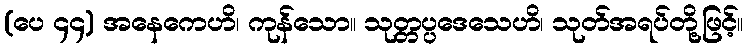
(ပေ ၄၄) အနေကေဟိ၊ ကုန်သော။ သုတ္တပ္ပဒေသေဟိ၊ သုတ်အရပ်တို့ဖြင့်။